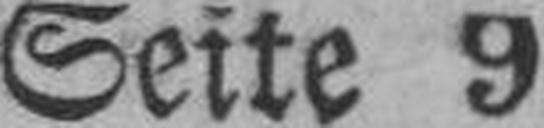
Seite 9